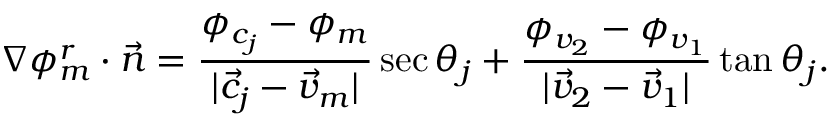
\nabla \phi _ { m } ^ { r } \cdot \vec { n } = \frac { \phi _ { c _ { j } } - \phi _ { m } } { | \vec { c } _ { j } - \vec { v } _ { m } | } \sec \theta _ { j } + \frac { \phi _ { v _ { 2 } } - \phi _ { v _ { 1 } } } { | \vec { v } _ { 2 } - \vec { v } _ { 1 } | } \tan \theta _ { j } .